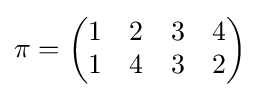
\pi ={\begin{pmatrix}1&2&3&4\\1&4&3&2\end{pmatrix}}